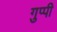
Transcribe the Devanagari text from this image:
गुप्पी